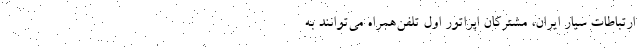
ارتباطات سیار ایران، مشترکان اپراتور اول تلفن‌همراه می‌توانند به‌